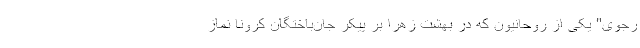
رجوی" یکی از روحانیون که در بهشت زهرا بر پیکر جان‌باختگان کرونا نماز